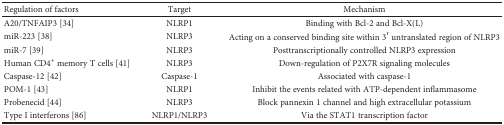
<table><thead><tr><td><b>Regulation of factors</b></td><td><b>Target</b></td><td><b>Mechanism</b></td></tr></thead><tbody><tr><td>A20/TNFAIP3 [34]</td><td>NLRP1</td><td>Binding with Bcl-2 and Bcl-X(L)</td></tr><tr><td>miR-223 [38]</td><td>NLRP3</td><td>Acting on a conserved binding site within 3′ untranslated region of NLRP3</td></tr><tr><td>miR-7 [39]</td><td>NLRP3</td><td>Posttranscriptionally controlled NLRP3 expression</td></tr><tr><td>Human CD4<sup>+</sup> memory T cells [41]</td><td>NLRP3</td><td>Down-regulation of P2X7R signaling molecules</td></tr><tr><td>Caspase-12 [42]</td><td>Caspase-1</td><td>Associated with caspase-1</td></tr><tr><td>POM-1 [43]</td><td>NLRP1</td><td>Inhibit the events related with ATP-dependent inflammasome</td></tr><tr><td>Probenecid [44]</td><td>NLRP3</td><td>Block pannexin 1 channel and high extracellular potassium</td></tr><tr><td>Type I interferons [86]</td><td>NLRP1/NLRP3</td><td>Via the STAT1 transcription factor</td></tr></tbody></table>